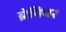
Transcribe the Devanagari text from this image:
ब्रेगियर